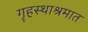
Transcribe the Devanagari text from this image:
गॄहस्थाश्रमात